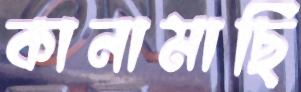
কানামাছি